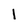
Character: l